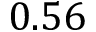
0 . 5 6